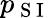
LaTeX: p_{\mathrm{~S~I~}}